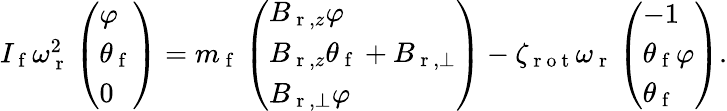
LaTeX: \begin{array}{r}{I_{\mathrm{~f~}}\omega_{\mathrm{~r~}}^{2}\left(\begin{array}{l}{\varphi}\\ {\theta_{\mathrm{~f~}}}\\ {0}\end{array}\right)=m_{\mathrm{~f~}}\left(\begin{array}{l}{B_{\mathrm{~r~},z}\varphi}\\ {B_{\mathrm{~r~},z}\theta_{\mathrm{~f~}}+B_{\mathrm{~r~},\perp}}\\ {B_{\mathrm{~r~},\perp}\varphi}\end{array}\right)-\zeta_{\mathrm{~r~o~t~}}\omega_{\mathrm{~r~}}\left(\begin{array}{l}{-1}\\ {\theta_{\mathrm{~f~}}\varphi}\\ {\theta_{\mathrm{~f~}}}\end{array}\right).}\end{array}